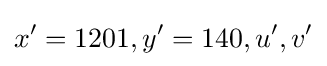
x'=1201,y'=140,u',v'